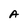
Character: A